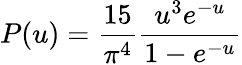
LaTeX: P(u)=\frac{15}{\pi^{4}}\frac{u^{3}e^{-u}}{1-e^{-u}}